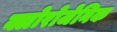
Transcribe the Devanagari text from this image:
क्लोरोजेनिक